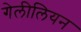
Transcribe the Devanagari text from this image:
गेलीलियन